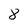
Character: 8